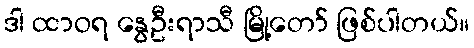
ဒါ ထာဝရ နွေဦးရာသီ မြို့တော် ဖြစ်ပါတယ်။